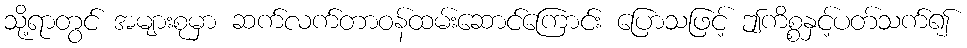
သို့ရာတွင် အများစုမှာ ဆက်လက်တာဝန်ထမ်းဆောင်ကြောင်း ပြောသဖြင့် ဤကိစ္စနှင့်ပတ်သက်၍